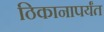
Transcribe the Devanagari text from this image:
ठिकानापर्यंत